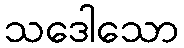
သဒေါသော